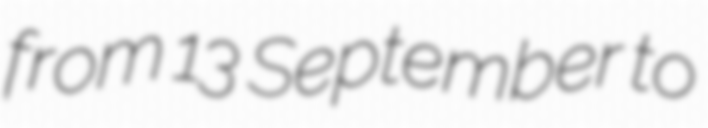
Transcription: from 13 September to